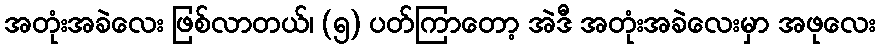
အတုံးအခဲလေး ဖြစ်လာတယ်၊ (၅) ပတ်ကြာတော့ အဲဒီ အတုံးအခဲလေးမှာ အဖုလေး